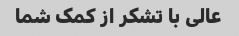
عالی با تشکر از کمک شما